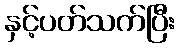
နှင့်ပတ်သက်ပြီး